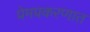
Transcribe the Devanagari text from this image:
प्रेमप्रकरणात